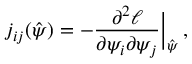
j _ { i j } ( \boldsymbol { \hat { \psi } } ) = - \frac { \partial ^ { 2 } \ell } { \partial \psi _ { i } \partial \psi _ { j } } \Bigr | _ { \boldsymbol { \hat { \psi } } } \, ,